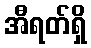
အီရတ်ရှိ